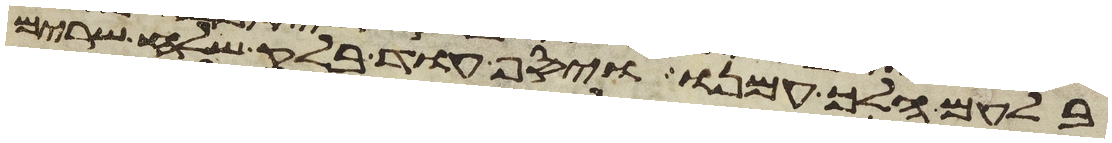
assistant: בלעם הלך עמנו ויסף עוד בלק שלח שרים